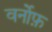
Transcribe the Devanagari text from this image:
वर्नोफ़